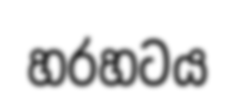
හරහටය